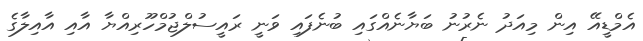
އެމްޑީއޭ އިން މިއަދު ނެރުނު ބަޔާނެއްގައި ބުނެފައި ވަނީ ރައީސުލްޖުމްހޫރިއްޔާ އާއި އާއިލާގެ